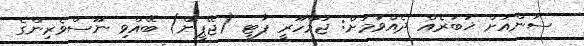
ސަންއަށް ޚަބަރެއް ދެއްވުމަށް: ޖުމްހޫރީ ޕާޓީ (ޖޭޕީން) ބޭއްވި ނޫސްވެރިންގެ